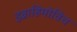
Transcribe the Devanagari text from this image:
इब्राहिमोविच